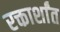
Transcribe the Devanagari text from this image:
रक्तार्शांत